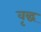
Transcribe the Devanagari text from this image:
वृद्घ